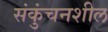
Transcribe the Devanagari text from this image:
संकुंचनशील